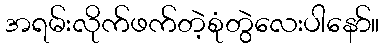
အရမ်းလိုက်ဖက်တဲ့စုံတွဲလေးပါနော်။